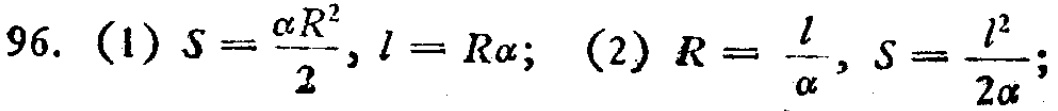
96. (1) \(S = \frac{\alpha R^{2}}{2}, l = R\alpha\); (2) \(R = \frac{l}{\alpha}, S = \frac{l^{2}}{2\alpha}\);